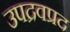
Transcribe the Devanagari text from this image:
उपद्रवप्रद